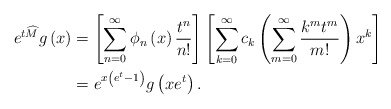
\begin{align*}e^{t\widehat{M}}g\left( x\right) & =\left[ \sum_{n=0}^{\infty}\phi_{n}\left( x\right) \frac{t^{n}}{n!}\right] \left[ \sum_{k=0}^{\infty}c_{k}\left( \sum_{m=0}^{\infty}\frac{k^{m}t^{m}}{m!}\right) x^{k}\right] \\& =e^{x\left( e^{t}-1\right) }g\left( xe^{t}\right) .\end{align*}